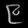
Digit: ၉